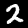
Label: 2